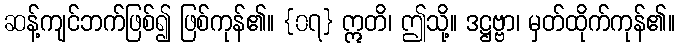
ဆန့်ကျင်ဘက်ဖြစ်၍ ဖြစ်ကုန်၏။ {၀၇} ဣတိ၊ ဤသို့။ ဒဋ္ဌဗ္ဗာ၊ မှတ်ထိုက်ကုန်၏။